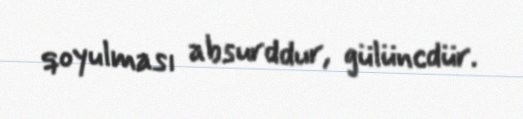
qoyulması absurddur, gülüncdür.